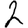
Digit: 2